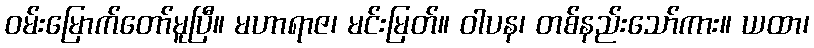
ဝမ်းမြောက်တော်မူပြီ။ မဟာရာဇ၊ မင်းမြတ်။ ဝါပန၊ တစ်နည်းသော်ကား။ ယထာ၊